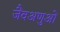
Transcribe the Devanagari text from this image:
जैवअणुओं